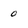
Character: 0